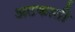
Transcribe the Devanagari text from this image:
अटकाती